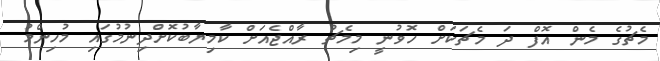
މެޗުގެ މެން އޮފް ދަ މެޗަކަށް ހޮވުނީ މިމެޗު ރާއްޖެއަށް ކާމިޔާބުކޮށްދިނުމުގައި މުހިންމު